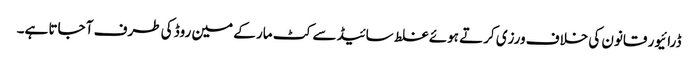
ڈرائیور قانون کی خلاف ورزی کرتے ہوئے غلط سائیڈ سے کٹ مار کے مین روڈ کی طرف آ جاتا ہے۔